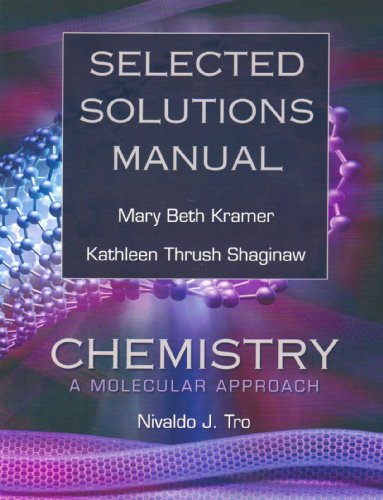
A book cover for Selected Solutions Manual for Chemistry: A Molecular Approach; Nivaldo J. Tro; Science & Math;